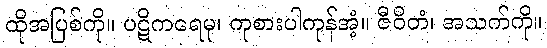
ထိုအပြစ်ကို။ ပဋိကရေမု၊ ကုစားပါကုန်အံ့။ ဇီဝိတံ၊ အသက်ကို။